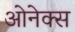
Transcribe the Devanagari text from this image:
ओनेक्स